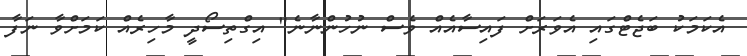
އެކަމަކު ބަޖެޓްގައި އެވަރަށް ފައިސާއެއް ވެސް ނުހުންނާނެ" އިގްތިސޯދީ މާހިރެއް ކަމަށްވާ ނަފާ